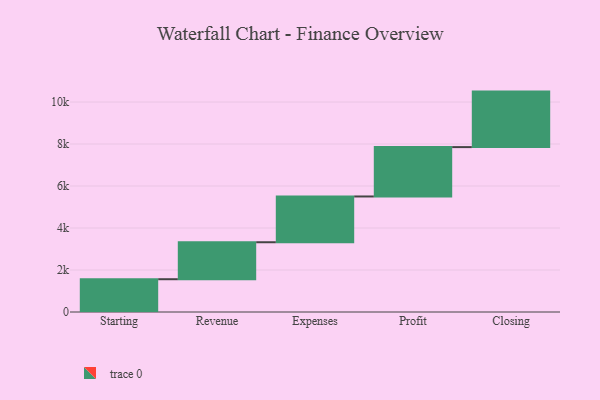
{"axis": {"x": "Step", "y": "Value"}, "legend": [""], "data": [{"x": "Starting", "y": 1561.0, "type": ""}, {"x": "Revenue", "y": 1761.0, "type": ""}, {"x": "Expenses", "y": 2180.0, "type": ""}, {"x": "Profit", "y": 2351.0, "type": ""}, {"x": "Closing", "y": 2643.0, "type": ""}]}